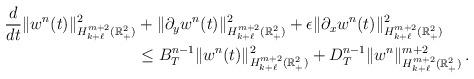
LaTeX: \begin{align*}\frac {d}{dt}\|w^n (t)\|_{H^{m+2}_{k+\ell}(\mathbb{R}^2_+)}^2 &+ \|\partial_y w^n(t) \|_{H^{m+2}_{k+\ell}(\mathbb{R}^2_+)}^2 + \epsilon \|\partial_x w^n(t) \|_{H^{m+2}_{k+\ell}(\mathbb{R}^2_+)}^2 \\&\le B^{n-1}_T\|{w}^n(t)\|^2_{H^{m+2}_{k+\ell}(\mathbb{R}^2_+)}+D^{n-1}_T\| w^n\|^{m+2}_{H^{m+2}_{k+\ell}(\mathbb{R}^2_+)}\, .\end{align*}